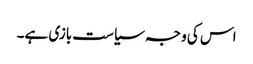
اس کی وجہ سیاست بازی ہے۔